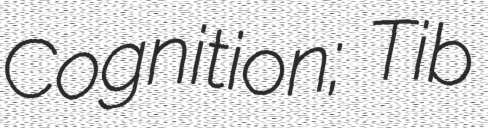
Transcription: Cognition; Tib